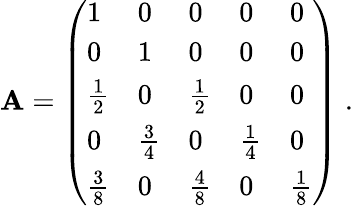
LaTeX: \begin{array}{r}{{\mathbf A}=\left(\begin{array}{lllll}{1}&{0}&{0}&{0}&{0}\\ {0}&{1}&{0}&{0}&{0}\\ {\frac{1}{2}}&{0}&{\frac{1}{2}}&{0}&{0}\\ {0}&{\frac{3}{4}}&{0}&{\frac{1}{4}}&{0}\\ {\frac{3}{8}}&{0}&{\frac{4}{8}}&{0}&{\frac{1}{8}}\end{array}\right)\; .}\end{array}